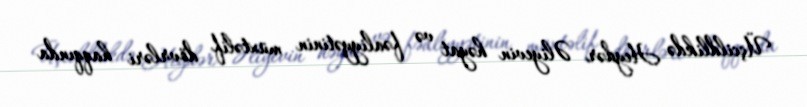
Üçcildlikdə Heydər Əliyevin həyat və fəaliyyətinin müxtəlif dövrləri haqqında